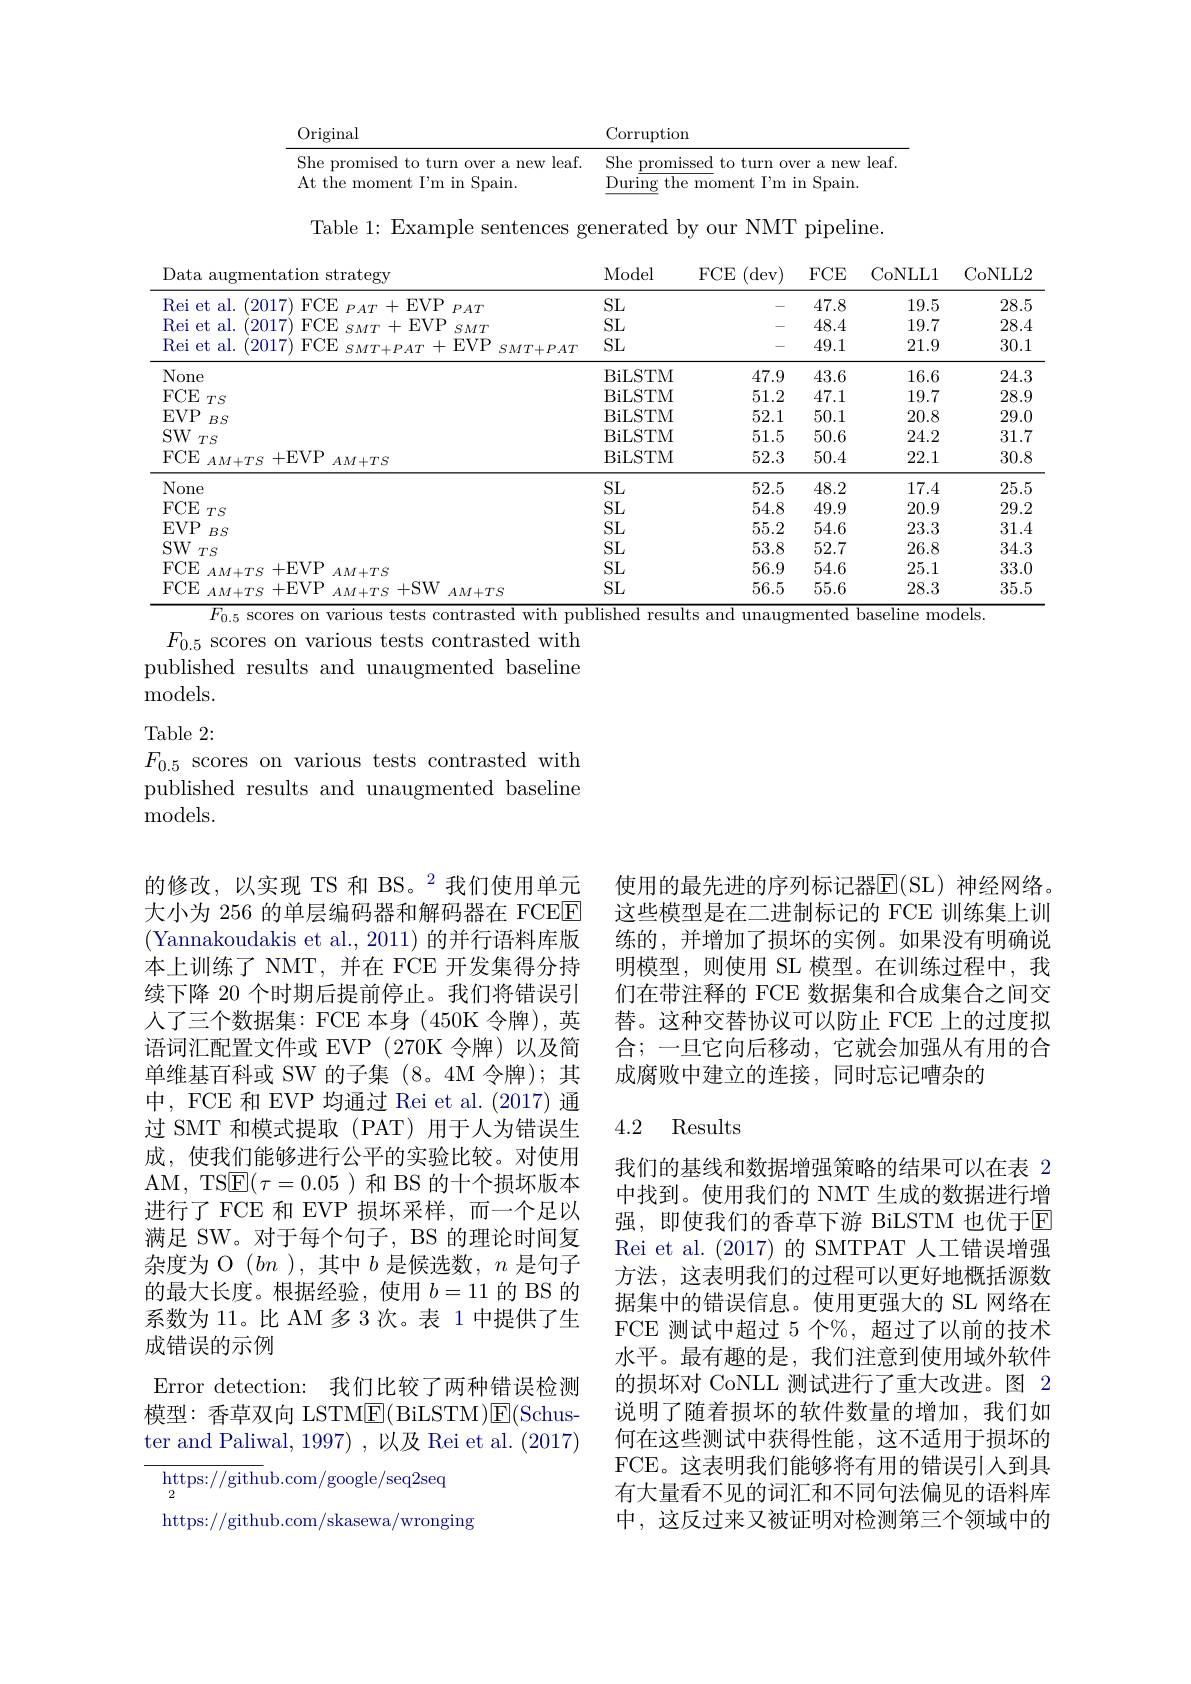
<table>
	<tbody>
		<tr>
			<th>Original</th>
			<th>Corruption</th>
		</tr>
		<tr>
			<td>She promised to turn over a new leaf.</td>
			<td>She promissed to turn over a new leaf</td>
		</tr>
		<tr>
			<td>At the moment I'm in Spain.</td>
			<td>During the moment I'm in Spain</td>
		</tr>
	</tbody>
</table>

Table 1: Example sentences generated by our NMT pipeline.

Data augmentation strategv
<table>
	<tbody>
		<tr>
			<th rowspan="3">Rei et al. 2017 Rei et al. 2017 al. Rei et 2017</th>
			<th>$FCE$</th>
			<th rowspan="3">$EVP$ $PAT$ $PAT+1$ $EVP$ $SMT+$ $SMT$ $-EVP$ $SMT+ PAT$ +</th>
			<th rowspan="3">$SMT+PAT$</th>
			<th rowspan="3">SL SL SL</th>
			<th rowspan="3">$\begin{array}{cc}-&0\\-&0\\\end{array}$ -</th>
			<th rowspan="3">47.8 48.4 49.1</th>
			<th rowspan="3">19.5 19.7 21.9</th>
			<th rowspan="3">28.5 28.4 30.1</th>
		</tr>
		<tr>
			<th>$FCE$</th>
		</tr>
		<tr>
			<th>$FCE$</th>
		</tr>
		<tr>
			<td>None</td>
			<td> </td>
			<td> </td>
			<td> </td>
			<td>BiLSTM</td>
			<td>47.9</td>
			<td>43.6</td>
			<td>16.6</td>
			<td>24.3</td>
		</tr>
		<tr>
			<td>$FCE$ $TS$</td>
			<td> </td>
			<td> </td>
			<td> </td>
			<td>BiLSTM</td>
			<td>51.2</td>
			<td>47.1</td>
			<td>19.7</td>
			<td>28.9</td>
		</tr>
		<tr>
			<td>$EVP$ $BS$</td>
			<td> </td>
			<td> </td>
			<td> </td>
			<td>BiLSTM</td>
			<td>52.1</td>
			<td>50.1</td>
			<td>20.8</td>
			<td>29.0</td>
		</tr>
		<tr>
			<td>$SW$ $TS$</td>
			<td> </td>
			<td> </td>
			<td> </td>
			<td>BiLSTM</td>
			<td>51.5</td>
			<td>50.6</td>
			<td>24.2</td>
			<td>31.7</td>
		</tr>
		<tr>
			<td>$FCE$ +E $AM+TS$</td>
			<td>$EVP$</td>
			<td>$M+TS$</td>
			<td> </td>
			<td>BiLSTM</td>
			<td>52.3</td>
			<td>50.4</td>
			<td>22.1</td>
			<td>30.8</td>
		</tr>
		<tr>
			<td>None</td>
			<td> </td>
			<td> </td>
			<td> </td>
			<td>SL</td>
			<td>52.5</td>
			<td>48.2</td>
			<td>17.4</td>
			<td>25.5</td>
		</tr>
		<tr>
			<td>$FCE$ $TS$</td>
			<td> </td>
			<td> </td>
			<td> </td>
			<td>SL</td>
			<td>54.8</td>
			<td>49.9</td>
			<td>20.9</td>
			<td>29.2</td>
		</tr>
		<tr>
			<td>$EVP$ $BS$</td>
			<td> </td>
			<td> </td>
			<td> </td>
			<td>SL</td>
			<td>55.2</td>
			<td>54.6</td>
			<td>23.3</td>
			<td>31.4</td>
		</tr>
		<tr>
			<td>$SW$ $TS$</td>
			<td> </td>
			<td> </td>
			<td> </td>
			<td>SL</td>
			<td>53.8</td>
			<td>52.7</td>
			<td>26.8</td>
			<td>34.3</td>
		</tr>
		<tr>
			<td>$FCE$ +E $AM+TS$</td>
			<td>$EVP$</td>
			<td>$M+TS$</td>
			<td> </td>
			<td>SL</td>
			<td>56.9</td>
			<td>54.6</td>
			<td>25.1</td>
			<td>33.0</td>
		</tr>
		<tr>
			<td>$FCE$ +E $AM+TS$</td>
			<td>$EVP$</td>
			<td>+SW $M+TS$ $AM+T$</td>
			<td>$S$</td>
			<td>SL</td>
			<td>56.5</td>
			<td>55.6</td>
			<td>28.3</td>
			<td>35.5</td>
		</tr>
	</tbody>
</table>

FCE CoNLL1 CoNLL2
$F_{0.5}$ scores on various tests contrasted with published results and unaugmented baseline models

$F_{0.5}$ scores on various tests contrasted with published results and unaugmented baseline

models.

Table 2:

$F_{0.5}$ scores on various tests contrasted with published results and unaugmented baseline ${\mathrm{models.}}$

使用的最先进的序列标记器$\overline{\mathrm{E}}($SL)神经网络。这些模型是在二进制标记的 FCE 训练集上训练的，并增加了损坏的实例。如果没有明确说明模型，则使用 SL 模型。在训练过程中，我们在带注释的 FCE 数据集和合成集合之间交替。这种交替协议可以防止 FCE 上的过度拟合；一旦它向后移动，它就会加强从有用的合成腐败中建立的连接，同时忘记嘈杂的

## 4.2 Results

的修改，以实现 TS 和 BS。$^{2}$我们使用单元大小为 256 的单层编码器和解码器在 FCEE (Yannakoudakis et al., 2011) 的并行语料库版本上训练了 NMT,并在 FCE 开发集得分持续下降 20 个时期后提前停止。我们将错误引人了三个数据集：FCE 本身(450K 令牌),英语词汇配置文件或 EVP (270K 令牌)以及简单维基百科或 SW 的子集 (8。4M 令牌); 其中，FCE 和 EVP 均通过 Rei et al.(2017) 通过 SMT 和模式提取 (PAT) 用于人为错误生成，使我们能够进行公平的实验比较。对使用AM, TS$\underline{\mathrm{E}}(\tau=0.05)$和 BS 的十个损坏版本进行了 FCE 和 EVP 损坏采样，而一个足以满足 SW。对于每个句子，BS 的理论时间复杂度为 O $(bn$ ),其中$b$是候选数，$n$是句子的最大长度。根据经验，使用$b=11$的 BS 的系数为 11。比 AM 多 3 次。表 1 中提供了生成错误的示例
Error detection: 我们比较了两种错误检测模型：香草双向 LSTME(BiLSTM)$\operatorname{E}($Schuster and Paliwal, 1997) , 以及 Rei et al. (2017)
$\underset{\mathrm{a}}{\operatorname*{\text{https:}}}//$github.com/google/seq2seq
2

我们的基线和数据增强策略的结果可以在表 2中找到。使用我们的 NMT 生成的数据进行增强，即使我们的香草下游 BiLSTM 也优于回Rei et al. (2017)的 SMTPAT 人工错误增强方法，这表明我们的过程可以更好地概括源数据集中的错误信息。使用更强大的 SL 网络在FCE 测试中超过 5 个%,超过了以前的技术水平。最有趣的是，我们注意到使用域外软件的损坏对 CoNLL 测试进行了重大改进。图 2说明了随着损坏的软件数量的增加，我们如何在这些测试中获得性能，这不适用于损坏的FCE。这表明我们能够将有用的错误引入到具有大量看不见的词汇和不同句法偏见的语料库中，这反过来又被证明对检测第三个领域中的

https://github.com/skasewa/wronging